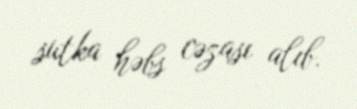
sutka həbs cəzası alıb.